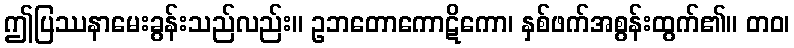
ဤပြဿနာမေးခွန်းသည်လည်း။ ဥဘတောကောဋိကော၊ နှစ်ဖက်အစွန်းထွက်၏။ တဝ၊